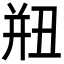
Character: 𢆗